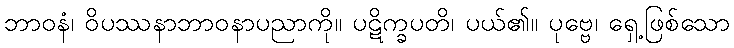
ဘာဝနံ၊ ဝိပဿနာဘာဝနာပညာကို။ ပဋိက္ခပတိ၊ ပယ်၏။ ပုဗ္ဗေ၊ ရှေ့ဖြစ်သော